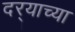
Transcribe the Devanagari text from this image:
दर्‍याच्या